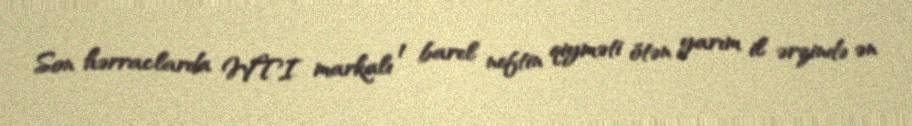
Son hərraclarda WTI markalı 1 barel neftin qiyməti ötən yarım il ərzində ən